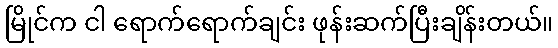
မြိုင်က ငါ ရောက်ရောက်ချင်း ဖုန်းဆက်ပြီးချိန်းတယ်။